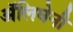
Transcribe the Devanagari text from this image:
अॅलिघेनी